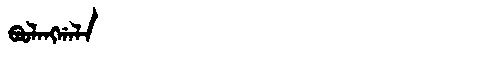
Manchu: ᠪᠣᠣᠯᠠᠩᡤᠠᠯᠠ
Romanization: BOOLANGGALA